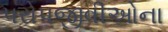
પરોપજીવીઓના